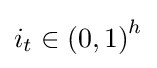
i_{t}\in {(0,1)}^{h}